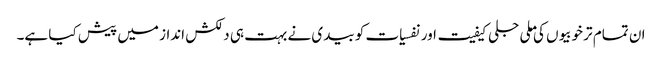
ان تمام تر خوبیوں کی ملی جلی کیفیت اور نفسیات کو بیدی نے بہت ہی دلکش انداز میں پیش کیا ہے۔